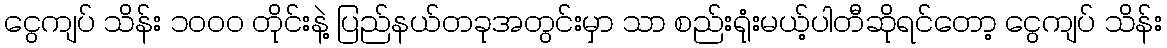
ငွေကျပ် သိန်း ၁၀၀၀ တိုင်းနဲ့ ပြည်နယ်တခုအတွင်းမှာ သာ စည်းရုံးမယ့်ပါတီဆိုရင်တော့ ငွေကျပ် သိန်း